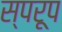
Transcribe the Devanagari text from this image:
स्परूप